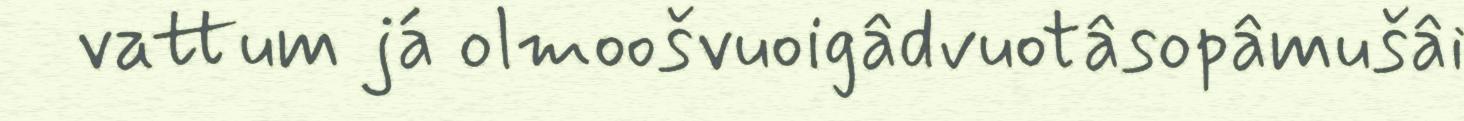
vattum já olmoošvuoigâdvuotâsopâmušâi